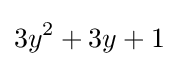
3y^{2}+3y+1